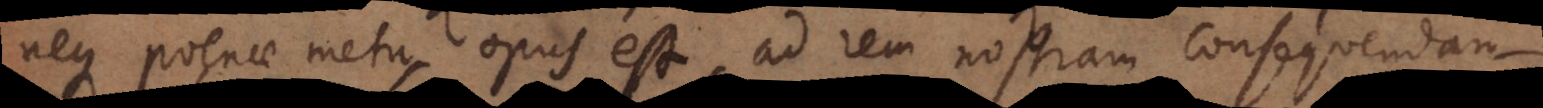
neque poenae metu, opus est, ad rem nostram consequendam